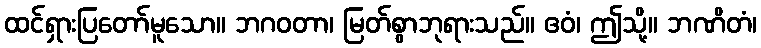
ထင်ရှားပြတော်မူသော။ ဘဂဝတာ၊ မြတ်စွာဘုရားသည်။ ဧဝံ၊ ဤသို့။ ဘဏိတံ၊